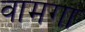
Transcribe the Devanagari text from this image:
वामगा